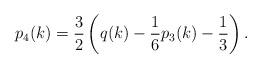
LaTeX: \begin{align*}p_4(k) = \frac32\left(q(k) - \frac16 p_3(k) - \frac13\right).\end{align*}